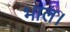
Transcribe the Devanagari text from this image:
भाल।